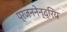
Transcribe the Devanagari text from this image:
प्रजननेन्द्रिय